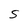
Character: S